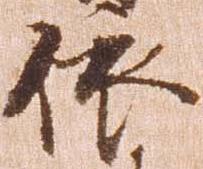
依